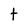
Character: t